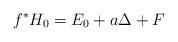
LaTeX: \begin{align*} f^*H_0 = E_0 + a \Delta + F\end{align*}